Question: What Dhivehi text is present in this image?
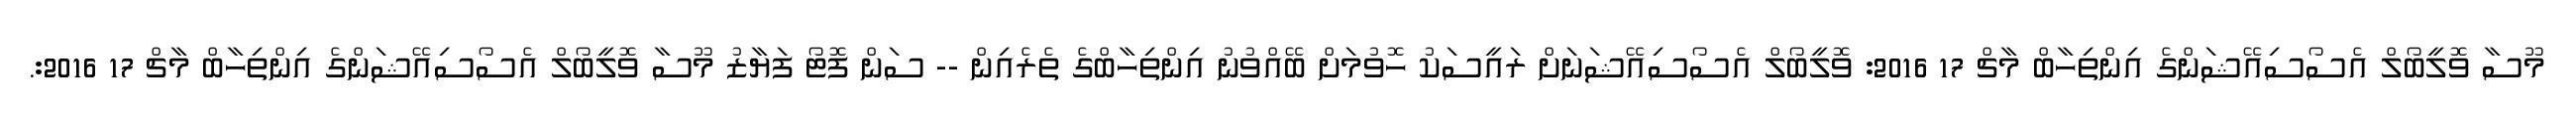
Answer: މޫސާ ވޮލީބޯލް އެސޯސިއޭޝަންގެ އިންތިހާބް މާޗް 17 2016: ވޮލީބޯލް އެސޯސިއޭޝަނަށް ރައީސަކު ހޮވުމަށް ބޭއްވުނު އިންތިހާބްގެ ތެރެއިން -- ސަން ފޮޓޯ ފަޔާޒު މޫސާ ވޮލީބޯލް އެސޯސިއޭޝަންގެ އިންތިހާބް މާޗް 17 2016:.